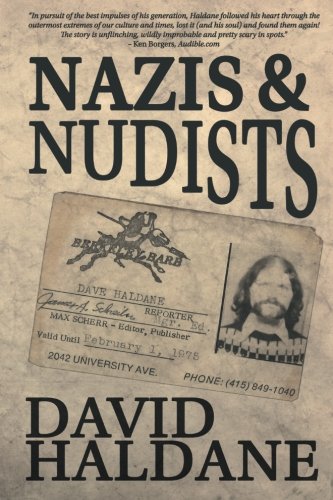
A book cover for Nazis and Nudists; David Haldane; Biographies & Memoirs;